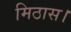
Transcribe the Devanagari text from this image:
मिठास।